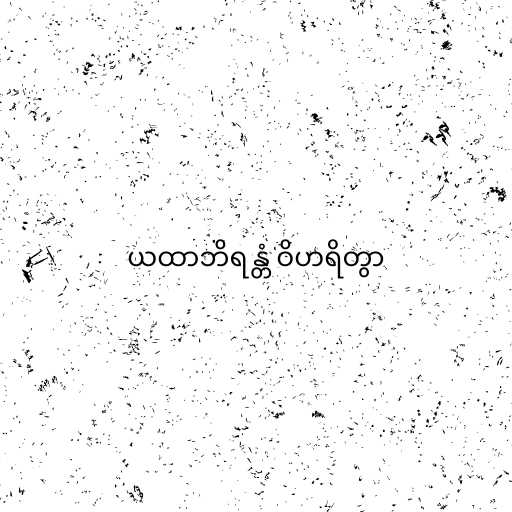
ယထာဘိရန္တံ ဝိဟရိတွာ